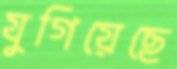
যুগিয়েছে